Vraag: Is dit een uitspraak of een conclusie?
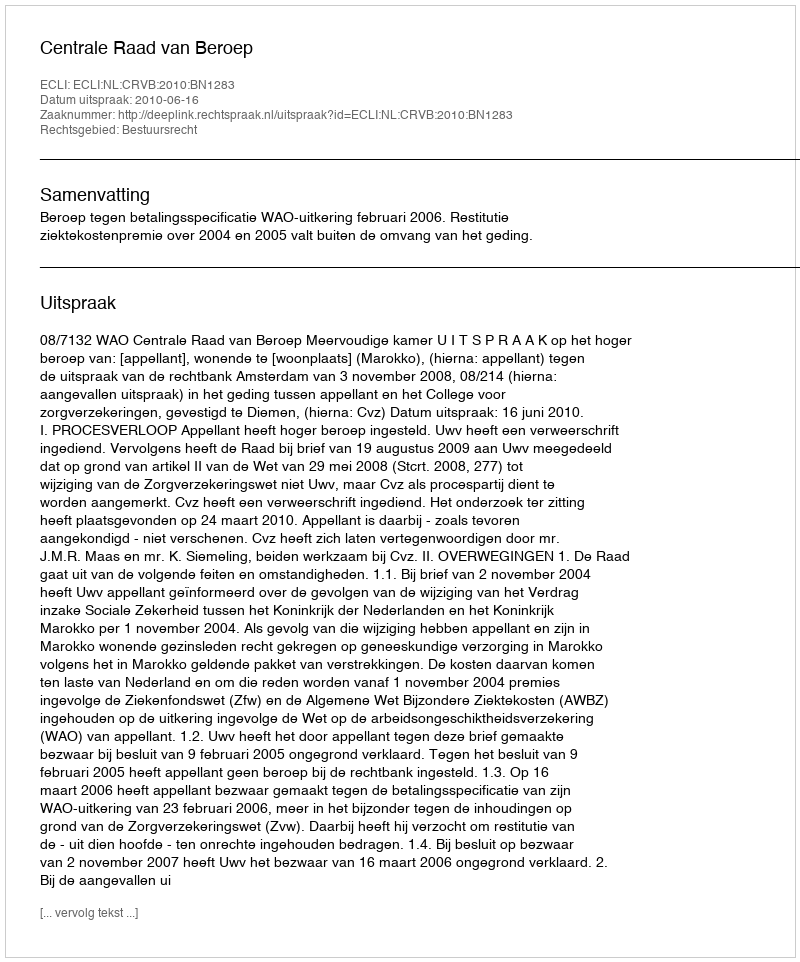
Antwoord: Uitspraak